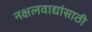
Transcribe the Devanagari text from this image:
नक्षलवाद्यांसाठी